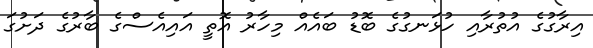
އިރާގުގެ އުތުރާއި ހުޅަނގުގެ ބޮޑު ބައެއް މިހާރު އޮތީ އައިއެސްގެ ބާރުގެ ދަށުގަ